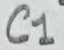
Text: C1